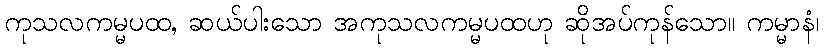
ကုသလကမ္မပထ, ဆယ်ပါးသော အကုသလကမ္မပထဟု ဆိုအပ်ကုန်သော။ ကမ္မာနံ၊